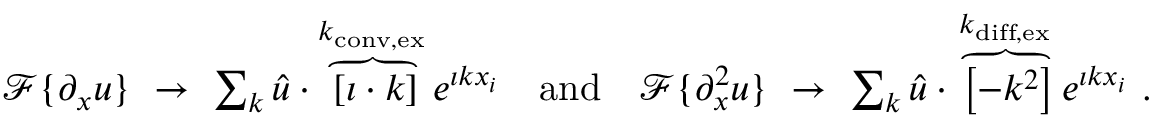
\begin{array} { r } { \mathcal { F } \{ \partial _ { x } u \} \ \to \ \sum _ { k } \hat { u } \cdot \overbrace { \left[ \imath \cdot k \right] } ^ { k _ { \mathrm { c o n v , e x } } } e ^ { \imath k x _ { i } } \quad \mathrm { a n d } \quad \mathcal { F } \{ \partial _ { x } ^ { 2 } u \} \ \to \ \sum _ { k } \hat { u } \cdot \overbrace { \left[ - k ^ { 2 } \right] } ^ { k _ { \mathrm { d i f f , e x } } } e ^ { \imath k x _ { i } } \ . } \end{array}